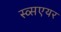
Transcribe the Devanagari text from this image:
स्व्सएयर